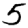
Digit: 5